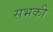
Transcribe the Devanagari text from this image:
सभकी